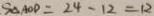
S _ { \Delta A O D } = 2 4 - 1 2 = 1 2